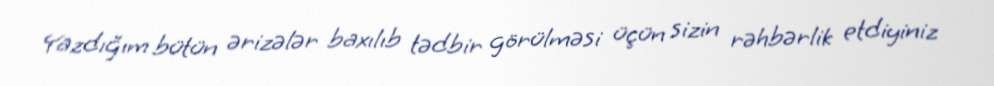
Yazdığım bütün ərizələr baxılıb tədbir görülməsi üçün sizin rəhbərlik etdiyiniz